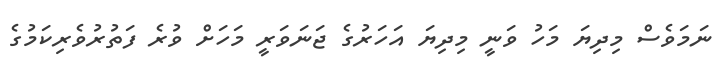
ނަމަވެސް މިދިޔަ މަހު ވަނީ މިދިޔަ އަހަރުގެ ޖަނަވަރީ މަހަށް ވުރެ ފަތުރުވެރިކަމުގެ